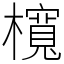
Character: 𣟂